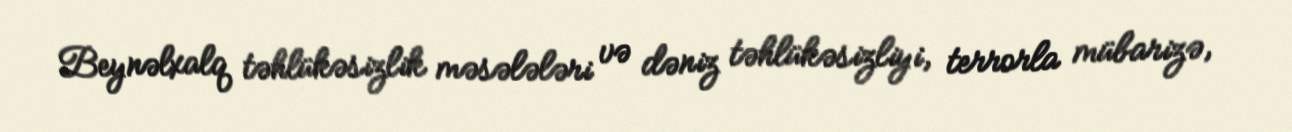
Beynəlxalq təhlükəsizlik məsələləri və dəniz təhlükəsizliyi, terrorla mübarizə,